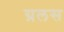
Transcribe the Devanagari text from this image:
ग्रलस